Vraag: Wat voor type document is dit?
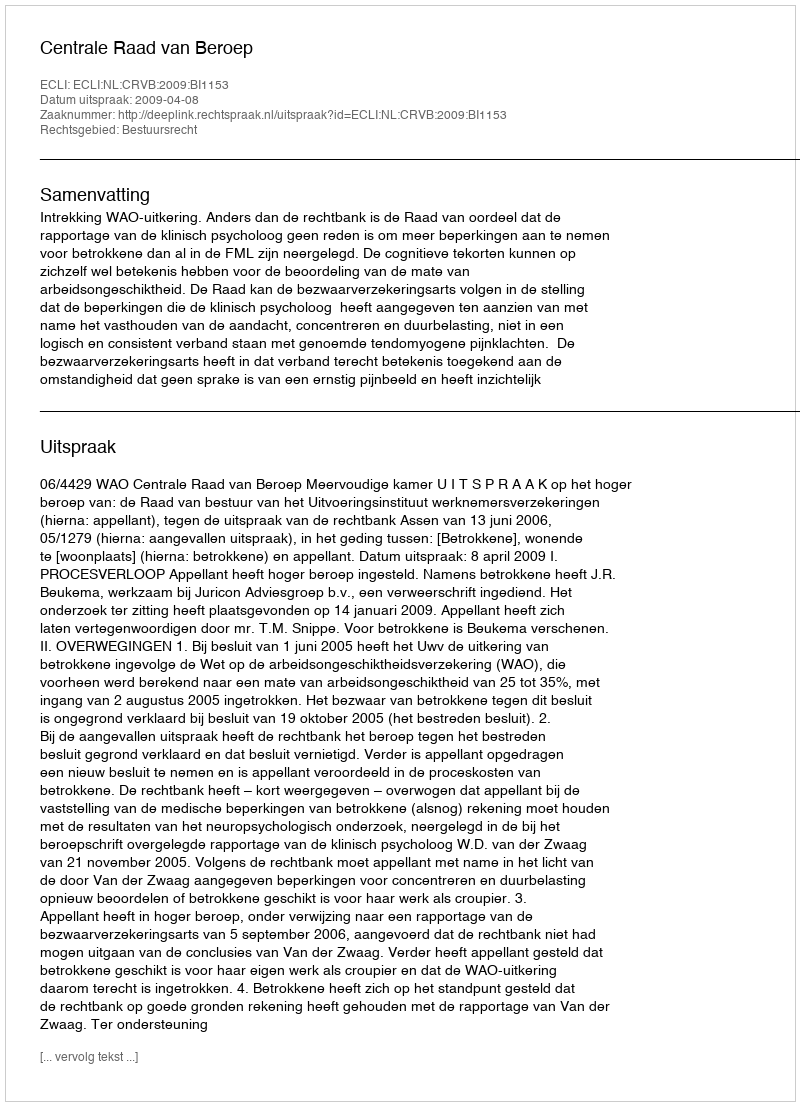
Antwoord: Uitspraak